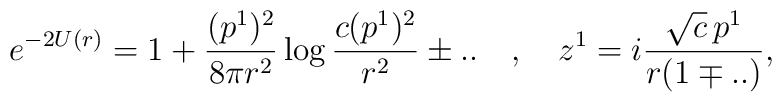
e^{-2U(r)} = 1 + {(p^1)^2 \over 8 \pi r^2} \log {c (p^1)^2 \over r^2 } \pm ..\quad , \quad z^1 = i {\sqrt {c} \, p^1 \over r ( 1 \mp ..)} ,